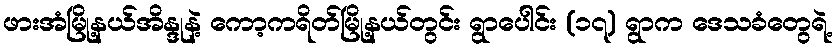
ဖားအံမြို့နယ်အိန္ဒုနဲ့ ကော့ကရိတ်မြို့နယ်တွင်း ရွာပေါင်း (၁၇) ရွာက ဒေသခံတွေရဲ့